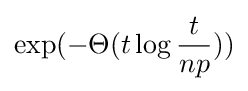
\exp(-\Theta (t\log {\frac {t}{np}}))